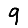
Digit: 9